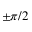
\pm \pi / 2